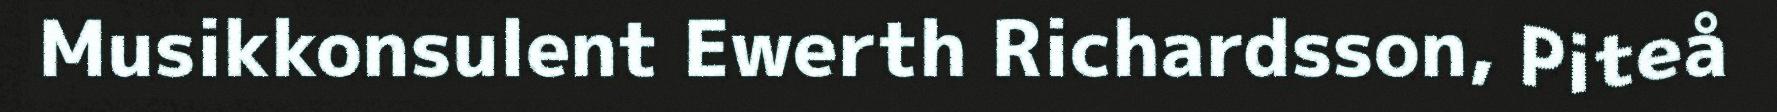
Musikkonsulent Ewerth Richardsson, Piteå